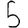
Digit: 5